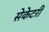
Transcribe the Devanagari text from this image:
सेकेटरी